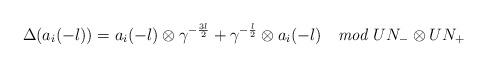
LaTeX: \begin{align*}\Delta (a_i(-l)) = a_i(-l) \otimes \gamma^{-\frac{3l}{2}} + \gamma^{-\frac{l}{2}} \otimes a_i(-l) \quad {\it mod} \; UN_- \otimes UN_+\end{align*}